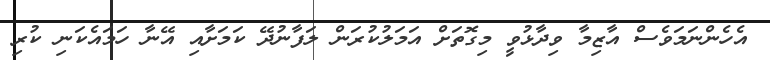
އެހެންނަމަވެސް އާޒިމާ ވިދާޅުވީ މިގޮތަށް އަމަލުކުރަން ލަފާނުދޭ ކަމަށާއި އޭނާ ހަމައެކަނި ކުރި